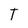
Character: T